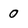
Character: 0